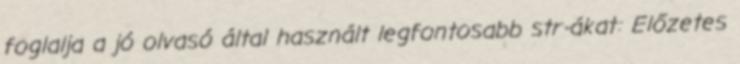
foglalja a jó olvasó által használt legfontosabb str-ákat: Előzetes